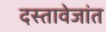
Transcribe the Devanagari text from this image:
दस्तावेजांत